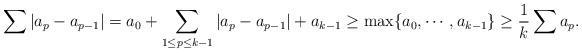
LaTeX: \begin{align*}\sum |a_p-a_{p-1}| =a_0+\sum_{1\leq p\leq k-1} |a_p-a_{p-1}| +a_{k-1}\geq \max\{a_0, \cdots, a_{k-1}\} \geq \frac1k \sum a_p.\end{align*}